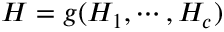
H = g ( H _ { 1 } , \cdots , H _ { c } )